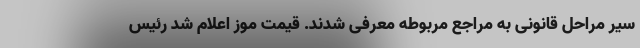
سیر مراحل قانونی به مراجع مربوطه معرفی شدند. قیمت موز اعلام شد رئیس